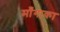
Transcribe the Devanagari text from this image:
माँगाका